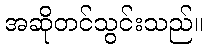
အဆိုတင်သွင်းသည်။